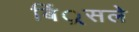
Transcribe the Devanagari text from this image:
बिं्रसले